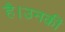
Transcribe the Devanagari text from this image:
है।उनकीं